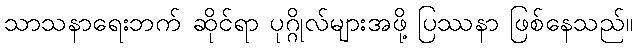
သာသနာရေးဘက် ဆိုင်ရာ ပုဂ္ဂိုလ်များအဖို့ ပြဿနာ ဖြစ်နေသည်။